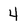
Character: 4